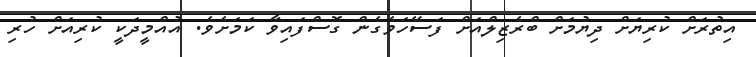
އިތުރަށް ކުރިޔަށް ދިޔުމަށް ބްރެޒިލްއަށް ފަސޭހަވެގެން ގޮސްފައިވާ ކަމަށެވެ. އުއްމީދަކީ ކުރިއަށް ހުރި